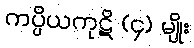
ကပ္ပိယကုဋိ (၄) မျိုး